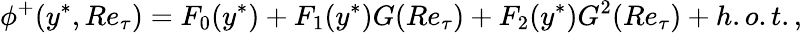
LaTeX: \phi^{+}(y^{\ast},Re_{\tau})=F_{0}(y^{\ast})+F_{1}(y^{\ast})G(Re_{\tau})+F_{2}(y^{\ast})G^{2}(Re_{\tau})+h.o.t.,